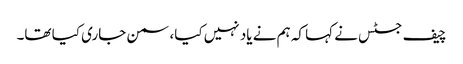
چیف جسٹس نے کہا کہ ہم نے یاد نہیں کیا، سمن جاری کیا تھا۔